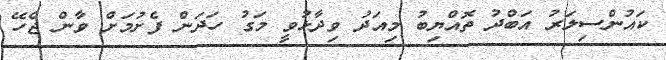
ކައުންސިލަރު އަބްދު ތޮއްޔިބު މިއަދު ވިދާޅުވީ މަގު ހަދަން ފެށުމަށް ވާން ޖެހޭ